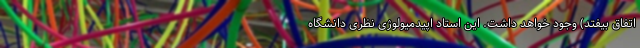
اتفاق بیفتد) وجود خواهد داشت. این استاد اپیدمیولوژی نظری دانشگاه